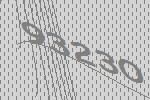
93230